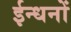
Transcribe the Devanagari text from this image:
ईन्धनों